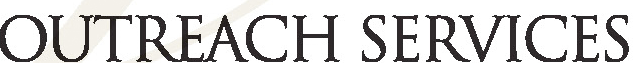
OUTREACH SERVICES